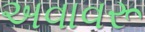
અવાવરૂ